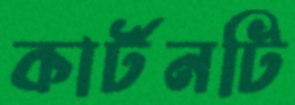
কার্টনটি